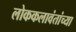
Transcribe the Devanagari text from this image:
लोककलावंतांच्या